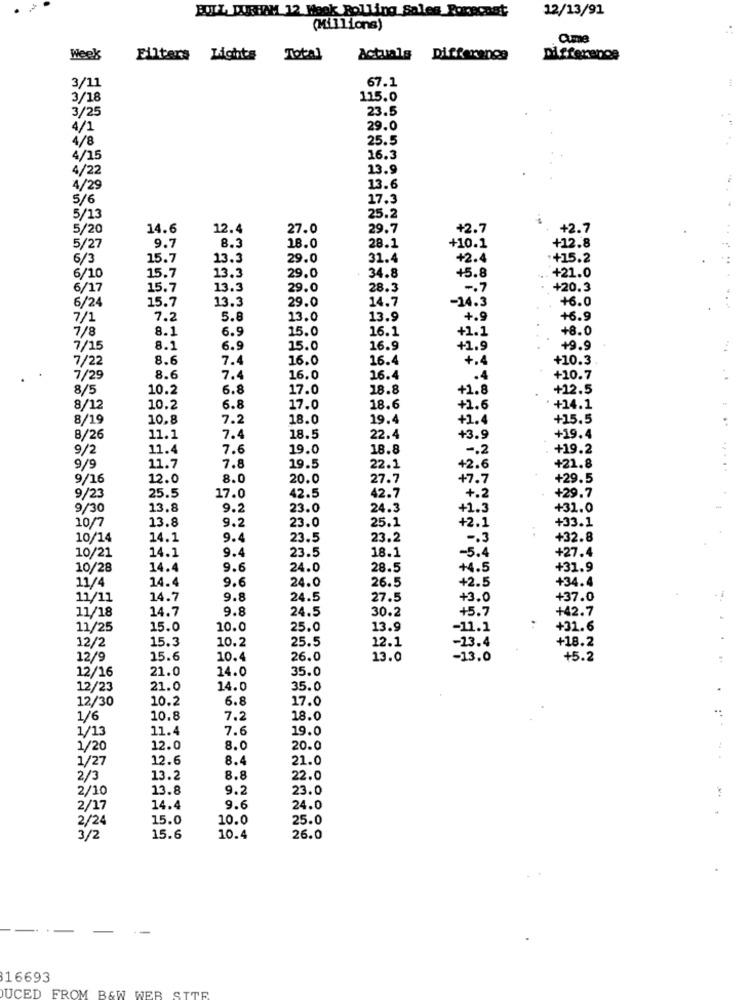
12/13/91
BOIL, DURHAM 12 Maak Bolling Sales Forecast
(Millions)
Cume
Week
Ellters Lights Total
Actuals Difference
Difference
3/11
67.1
3/18
115.0
3/25
23.5
4/1
29.0
4/8
25.5
4/15
16.3
4/22
13.9
4/29
13.6
5/6
17.3
5/13
25.2
5/20
14.6
12.4
27.0
29.7
+2.7
+2.7
8.3
+10.1
+12.8
5/27
9.7
18.0
28.1
6/3
15.7
13.3
29.0
31.4
+2.4
*+15.2
13.3
6/10
15.7
29.0
34.8
+5.8
+21.0
6/17
15.7
13.3
29.0
28.3
-. 7
+20.3
15.7
13.3
29.0
14.7
-14.3
+6.0
6/24
7/1
7.2
5.8
13.0
13.9
+.9
+6.9
7/8
8.1
6.9
+1.1
+8.0
15.0
16.1
7/15
8.1
6.9
15.0
16.9
+1.9
+9.9
7/22
8.6
7.4
16.0
16.4
+.4
+10.3
7/29
8.6
7.4
16.0
16.4
.4
+10.7
8/5
10.2
6.8
17.0
18.8
+1.8
+12.5
8/12
10.2
6.8
17.0
18.6
+1.6
+14.1
8/19
10.8
7.2
18.0
19.4
+1.4
+15.5
8/26
11.1
7.4
18.5
22.4
+3.9
+19.4
9/2
11.4
7.6
19.0
18.8
-. 2
+19.2
9/9
11.7
7.8
19.5
22.1
+2.6
+21.8
.....
9/16
12.0
8.0
20.0
27.7
+7.7
+29.5
42.7
+29.7
9/23
25.5
17.0
42.5
+.2
9/30
13.8
9.2
23.0
24.3
+1.3
+31.0
9.2
23.0
25.1
+2.1
+33.1
10/7
13.8
..
10/14
14.1
9.4
23.5
23.2
-. 3
+32.8
10/21
14.1
9.4
23.5
18.1
-5.4
+27.4
10/28
14.4
9.6
24.0
28.5
+4.5
+31.9
11/4
14.4
9.6
24.0
26.5
+2.5
+34.4
11/11
14.7
9.8
24.5
27.5
+3.0
+37.0
11/18
14.7
9.8
24.5
30.2
+5.7
+42.7
11/25
15.0
10.0
25.0
13.9
-11.1
+31.6
12/2
15.3
10.2
25.5
12.1
-13.4
+18.2
12/9
15.6
10.4
26.0
13.0
-13.0
+5.2
12/16
21.0
14.0
35.0
12/23
21.0
14.0
35.0
12/30
10.2
6.8
17.0
1/6
10.8
7.2
18.0
1/13
11.4
7.6
19.0
1/20
12.0
8.0
20.0
1/27
12.6
8.4
21.0
2/3
13.2
8.8
22.0
2/10
13.8
9.2
23.0
2/17
14.4
9.6
24.0
2/24
15.0
10.0
25.0
3/2
15.6
10.4
26.0
16693
DUCED FROM B&W WER